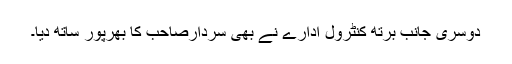
دوسری جانب برتھ کنٹرول ادارے نے بھی سردارصاحب کا بھرپور ساتھ دیا۔